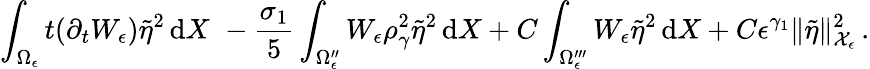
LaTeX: \int_{\Omega_{\epsilon}}t(\partial_{t}W_{\epsilon})\tilde{\eta}^{2}\, \mathrm{d}X\, \le\, -\frac{\sigma_{1}}{5}\int_{\Omega_{\epsilon}^{\prime\prime}}W_{\epsilon}\rho_{\gamma}^{2}\tilde{\eta}^{2}\, \mathrm{d}X+C\int_{\Omega_{\epsilon}^{\prime\prime\prime}}W_{\epsilon}\tilde{\eta}^{2}\, \mathrm{d}X+C\epsilon^{\gamma_{1}}\| \tilde{\eta}\| _{\mathcal{X}_{\epsilon}}^{2}\, .